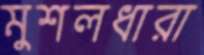
মুশলধারা